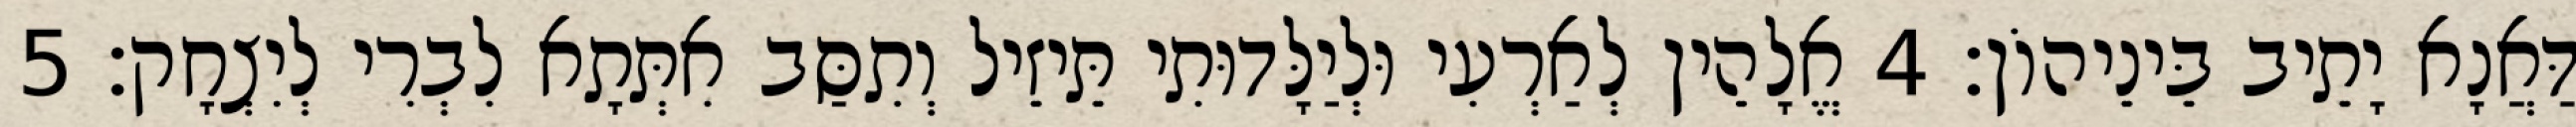
דַּאֲנָא יָתֵיב בֵּינֵיהוֹן׃ 4 אֱלָהֵין לְאַרְעִי וּלְיַלָּדוּתִי תֵּיזֵיל וְתִסַּב אִתְּתָא לִבְרִי לְיִצְחָק׃ 5